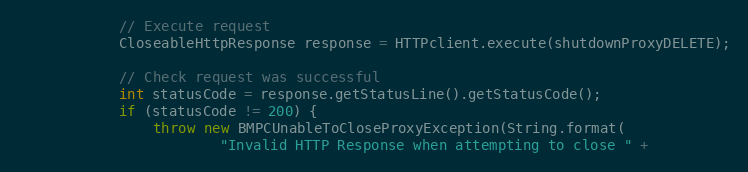
Language: Java
            // Execute request
            CloseableHttpResponse response = HTTPclient.execute(shutdownProxyDELETE);

            // Check request was successful
            int statusCode = response.getStatusLine().getStatusCode();
            if (statusCode != 200) {
                throw new BMPCUnableToCloseProxyException(String.format(
                        "Invalid HTTP Response when attempting to close " +